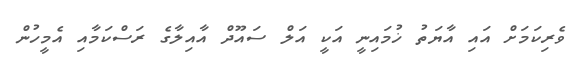
ވެރިކަމަށް އައި އާޔަތު ޚުމައިނީ އަކީ އަލް ސައޫދް އާއިލާގެ ރަސްކަމާއި އެމީހުން